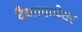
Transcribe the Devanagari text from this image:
दैवतकथेवर